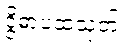
ဒွိဓာပထသုတ်။